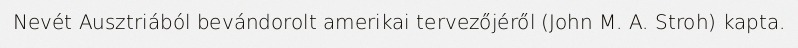
Nevét Ausztriából bevándorolt amerikai tervezőjéről (John M. A. Stroh) kapta.